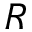
R